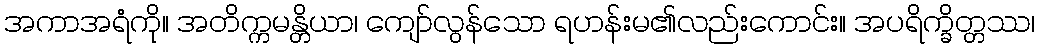
အကာအရံကို။ အတိက္ကမန္တိယာ၊ ကျော်လွန်သော ရဟန်းမ၏လည်းကောင်း။ အပရိက္ခိတ္တဿ၊